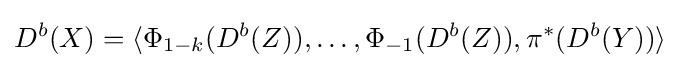
D^{b}(X)=\langle \Phi _{1-k}(D^{b}(Z)),\ldots ,\Phi _{-1}(D^{b}(Z)),\pi ^{*}(D^{b}(Y))\rangle